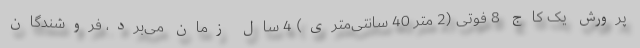
پرورش یک کاج 8 فوتی (2 متر 40 سانتی‌متری) 4 سال زمان می‌برد، فروشندگان